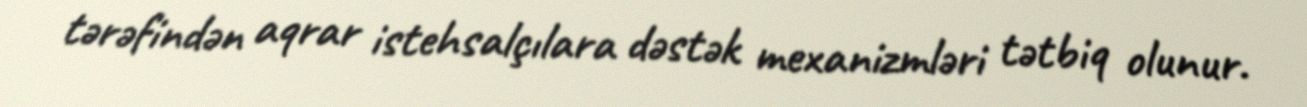
tərəfindən aqrar istehsalçılara dəstək mexanizmləri tətbiq olunur.